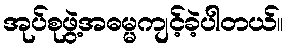
အုပ်စုဖွဲ့အဓမ္မကျင့်ခဲ့ပါတယ်။